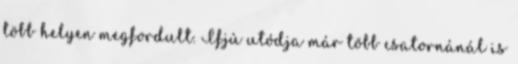
több he­lyen meg­for­dult. Ifjú utódja már több csa­tor­ná­nál is